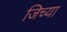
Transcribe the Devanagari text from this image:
जिच्‍या